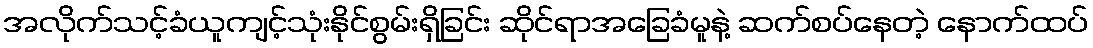
အလိုက်သင့်ခံယူကျင့်သုံးနိုင်စွမ်းရှိခြင်း ဆိုင်ရာအခြေခံမူနဲ့ ဆက်စပ်နေတဲ့ နောက်ထပ်